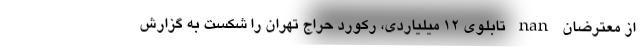
از معترضان nan تابلوی ۱۲ میلیاردی، رکورد حراج تهران را شکست به گزارش